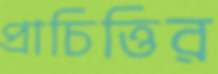
প্রাচিত্তির